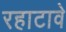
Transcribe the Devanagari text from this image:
रहाटावे